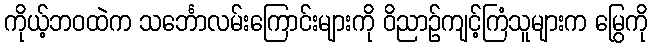
ကိုယ့်ဘဝထဲက သင်္ဘောလမ်းကြောင်းများကို ဝိညာဉ်ကျင့်ကြံသူများက မြွေကို